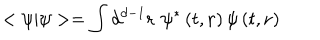
< \psi | \psi > = \int d ^ { d - 1 } \mathbf { r \, \, } \psi ^ { * } \left( t , \mathbf { r } \right) \psi \left( t , \mathbf { r } \right)